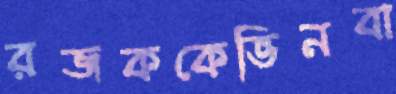
রজককেভিনবা